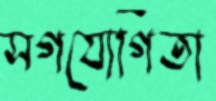
সগযোগিতা